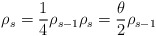
\begin{align*}\rho_{s}= \frac{1}{4}\rho_{s-1} \rho_s = \frac{\theta}{2}\rho_{s-1}\end{align*}